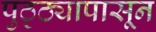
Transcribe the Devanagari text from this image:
पुठ्ठ्यापासून